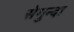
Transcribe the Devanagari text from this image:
सेगुन्दा